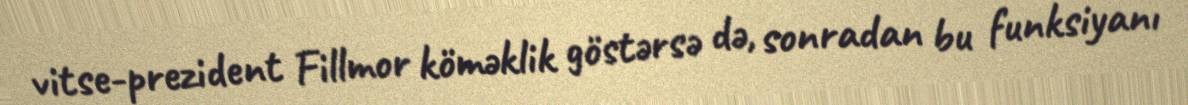
vitse-prezident Fillmor köməklik göstərsə də, sonradan bu funksiyanı